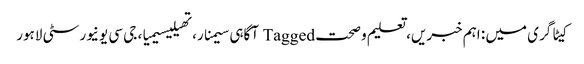
کیٹاگری میں : اہم خبریں، تعلیم و صحت Tagged آگاہی سیمنار، تھیلیسیمیا، جی سی یونیورسٹی لاہور